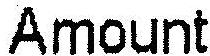
AMOUNT